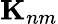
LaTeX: \mathbf{K}_{nm}